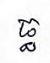
ធ្ធ